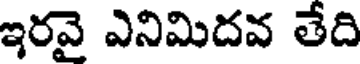
ఇరవై ఎనిమిదవ తేది